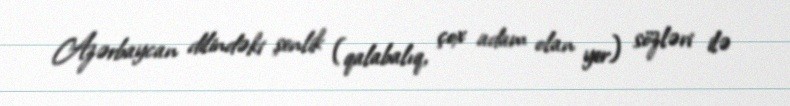
Azərbaycan dilindəki şenlik (qalabalıq, çox adam olan yer) sözləri ilə